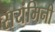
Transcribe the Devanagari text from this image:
सयंमिनी